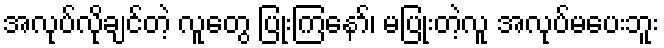
အလုပ်လိုချင်တဲ့ လူတွေ ပြုံးကြနော်၊ မပြုံးတဲ့လူ အလုပ်မပေးဘူး